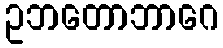
ဥဘတောဘာဂေ